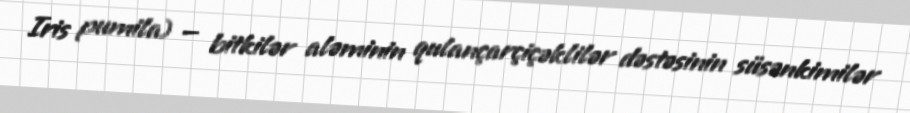
Iris pumila) — bitkilər aləminin qulançarçiçəklilər dəstəsinin süsənkimilər